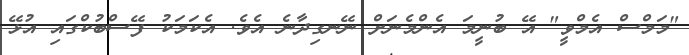
"މަމްސް އެމްވީ" އޭ ބުނީމަ އެންމެނަށް ނޭނގިދާނެ އެވެ. އެކަމަކު ފޭސްބުކްގައި އުޅޭ